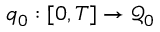
q _ { 0 } : [ 0 , T ] \to \mathcal { Q } _ { 0 }